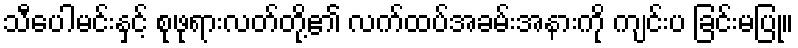
သီပေါမင်းနှင့် စုဖုရားလတ်တို့၏ လက်ထပ်အခမ်းအနားကို ကျင်းပ ခြင်းမပြု။